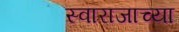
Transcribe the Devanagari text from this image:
स्वाराजाच्या